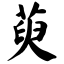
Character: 萸